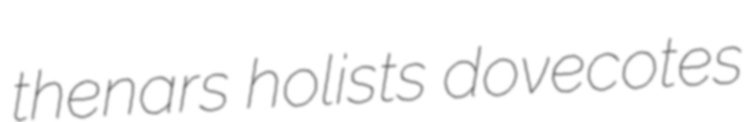
thenars holists dovecotes